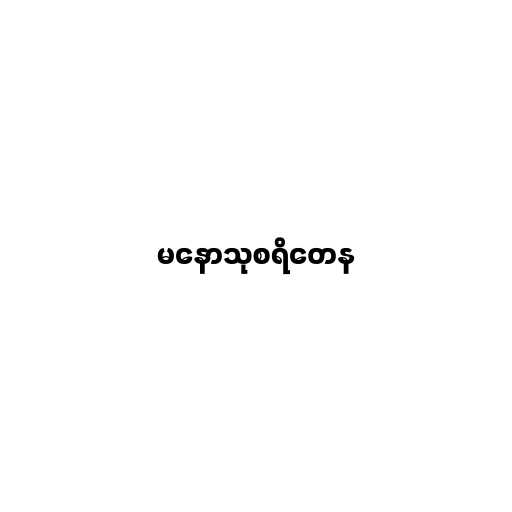
မနောသုစရိတေန